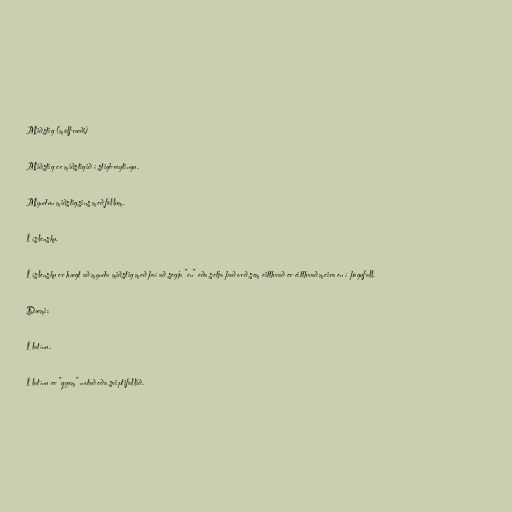
Miðstig (málfræði)

Miðstig er miðstigið í stigbreytingu.

Myndun miðstigsins með föllum.

Í íslensku.

Í íslensku er hægt að mynda miðstig með því að segja "en" eða setja það orð sem eitthvað er eitthvað meira en í þágufall.

Dæmi:

Í latínu.

Í latínu er "quam" notað eða sviptifallið.